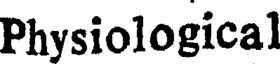
Physiological